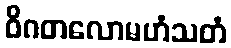
ဝိဂတလောမဟံသတံ